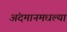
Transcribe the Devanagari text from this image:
अंदमानमधल्या